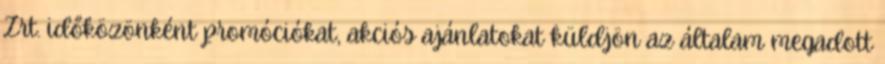
Zrt. időközönként promóciókat, akciós ajánlatokat küldjön az általam megadott